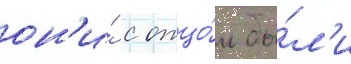
он'и́ с отцо́м бы́л'и